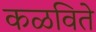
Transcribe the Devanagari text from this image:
कळविते